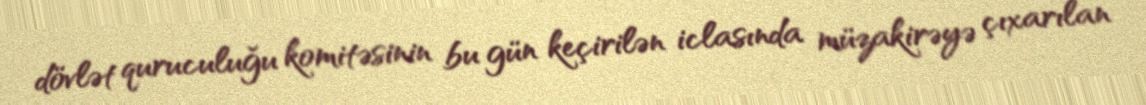
dövlət quruculuğu komitəsinin bu gün keçirilən iclasında müzakirəyə çıxarılan